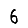
Digit: 6